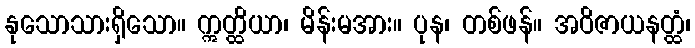
နုသောသားရှိသော။ ဣတ္ထိယာ၊ မိန်းမအား။ ပုန၊ တစ်ဖန်။ အဝိဇာယနတ္ထံ၊